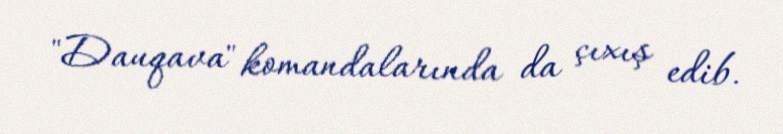
"Dauqava" komandalarında da çıxış edib.